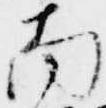
南